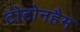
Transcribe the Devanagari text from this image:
टोटोनहैम